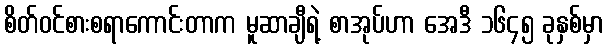
စိတ်ဝင်စားစရာကောင်းတာက မူဆာချီရဲ့ စာအုပ်ဟာ အေဒီ ၁၆၄၅ ခုနှစ်မှာ